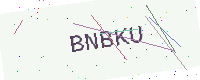
Text: BNBKU